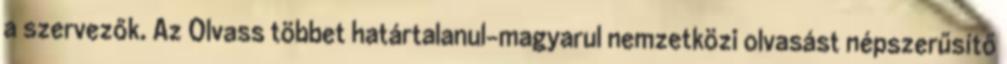
a szervezők. Az Olvass többet határtalanul-magyarul nemzetközi olvasást népszerűsítő